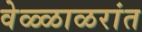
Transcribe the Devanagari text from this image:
वेळ्ळाळरांत